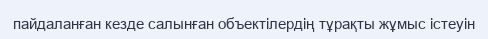
пайдаланған кезде салынған объектілердің тұрақты жұмыс істеуін